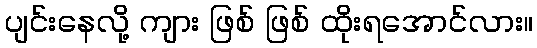
ပျင်းနေလို့ ကျား ဖြစ် ဖြစ် ထိုးရအောင်လား။